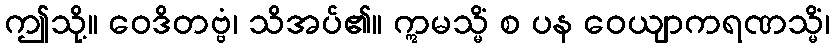
ဤသို့။ ဝေဒိတဗ္ဗံ၊ သိအပ်၏။ ဣမသ္မိံ စ ပန ဝေယျာကရဏသ္မိံ၊